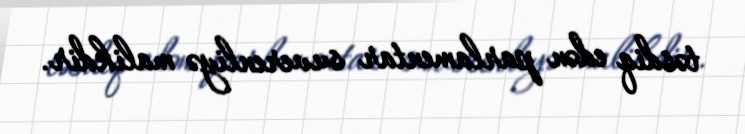
təsdiq edən parlamentar suverenliyə malikdir.